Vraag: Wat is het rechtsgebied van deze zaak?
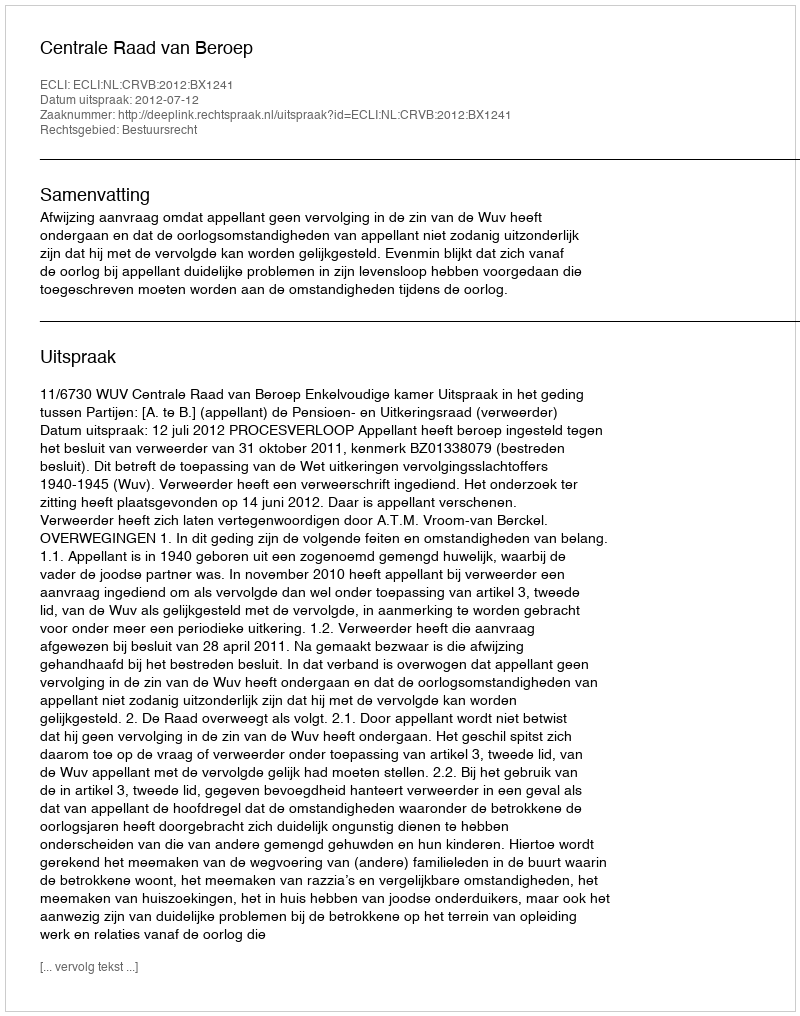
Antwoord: Bestuursrecht